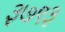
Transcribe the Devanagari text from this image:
३७९३